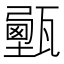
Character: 𤮔